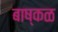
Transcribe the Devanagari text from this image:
बाष्कळ